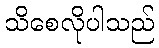
သိစေလိုပါသည်